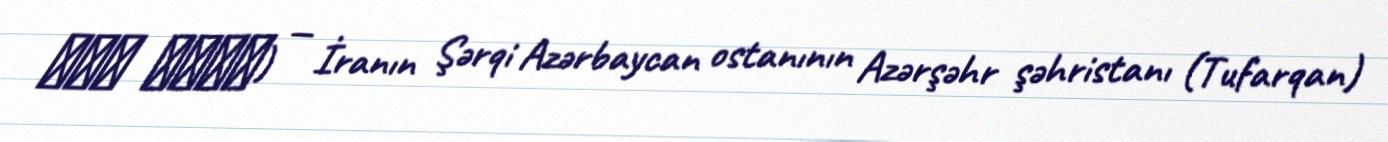
دين اباد) — İranın Şərqi Azərbaycan ostanının Azərşəhr şəhristanı (Tufarqan)